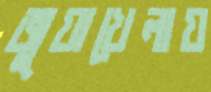
জুয়াখেলায়